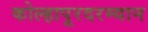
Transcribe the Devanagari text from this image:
कोल्हापूरदरम्यान